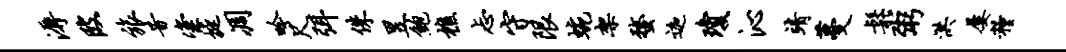
溽陂旅昔粢挺凋吟尺弭侏昱鲍樵忐守限蜿架蝥迦琼沁靖蔓松粥洪屡粮